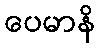
ပေမာနိ